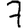
Digit: 7